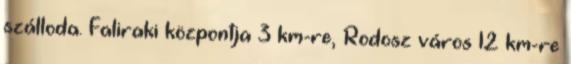
szálloda. Faliraki központja 3 km-re, Rodosz város 12 km-re